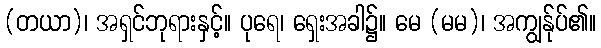
(တယာ)၊ အရှင်ဘုရားနှင့်။ ပုရေ၊ ရှေးအခါ၌။ မေ (မမ)၊ အကျွန်ုပ်၏။